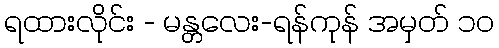
ရထားလိုင်း - မန္တလေး-ရန်ကုန် အမှတ် ၁၀